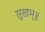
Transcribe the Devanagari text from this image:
सुखम्॥